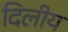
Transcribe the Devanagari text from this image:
दिलीय